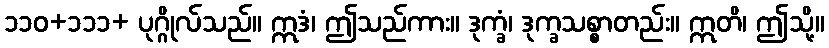
၁၁၀+၁၁၁+ ပုဂ္ဂိုလ်သည်။ ဣဒံ၊ ဤသည်ကား။ ဒုက္ခံ၊ ဒုက္ခသစ္စာတည်း။ ဣတိ၊ ဤသို့။